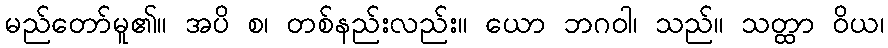
မည်တော်မူ၏။ အပိ စ၊ တစ်နည်းလည်း။ ယော ဘဂဝါ၊ သည်။ သတ္ထာ ဝိယ၊